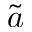
\tilde { a }